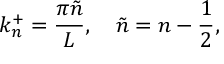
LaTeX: k _ { n } ^ { + } = \frac { \pi \tilde { n } } { L } , \quad \tilde { n } = n - \frac { 1 } { 2 } ,